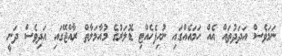
ނަމަވެސް އަދަދުތައް އެއް ހަމައެއްގައި ނުހިފެހެއްޓި ޑޮލަރުގެ މުއާމަލާތް ރާއްޖޭގައި އަދިވެސް ދަނީ